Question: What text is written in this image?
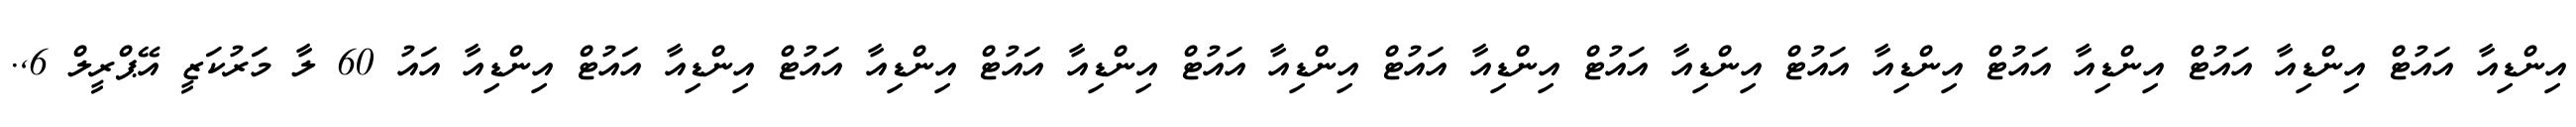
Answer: އިންޑިއާ އައުޓް އިންޑިއާ އައުޓް އިންޑިއާ އައުޓް އިންޑިއާ އައުޓް އިންޑިއާ އައުޓް އިންޑިއާ އައުޓް އިންޑިއާ އައުޓް އިންޑިއާ އައުޓް އިންޑިއާ އައުޓް އިންޑިއާ އައުޓް އިންޑިއާ އައު 60 ލާ މަރުކަޒީ އޭޕްރީލް 6,.